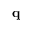
{ \bf q }